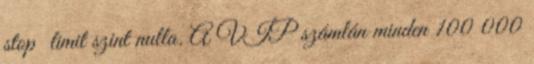
stop limit szint nulla. A VIP számlán minden 100 000